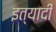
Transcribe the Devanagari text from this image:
इत्यादी